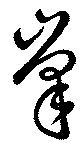
峯